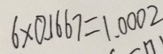
6 \times 0 . 1 6 6 7 = 1 . 0 0 0 2